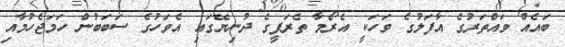
ބައެއް ވައްތަރުގެ އާފަލުގެ ވަހަކީ އެރޯމާ ތެރަޕީގެ ދުނިޔޭގައި އެވަހުގެ ސަބަބުން ހަމަޖެހުމާއި